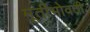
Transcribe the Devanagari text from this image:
मूर्तीभोवती